65_HS1-834228961_62-HQ-83894_Section_6
Agency: FBI
Page 106
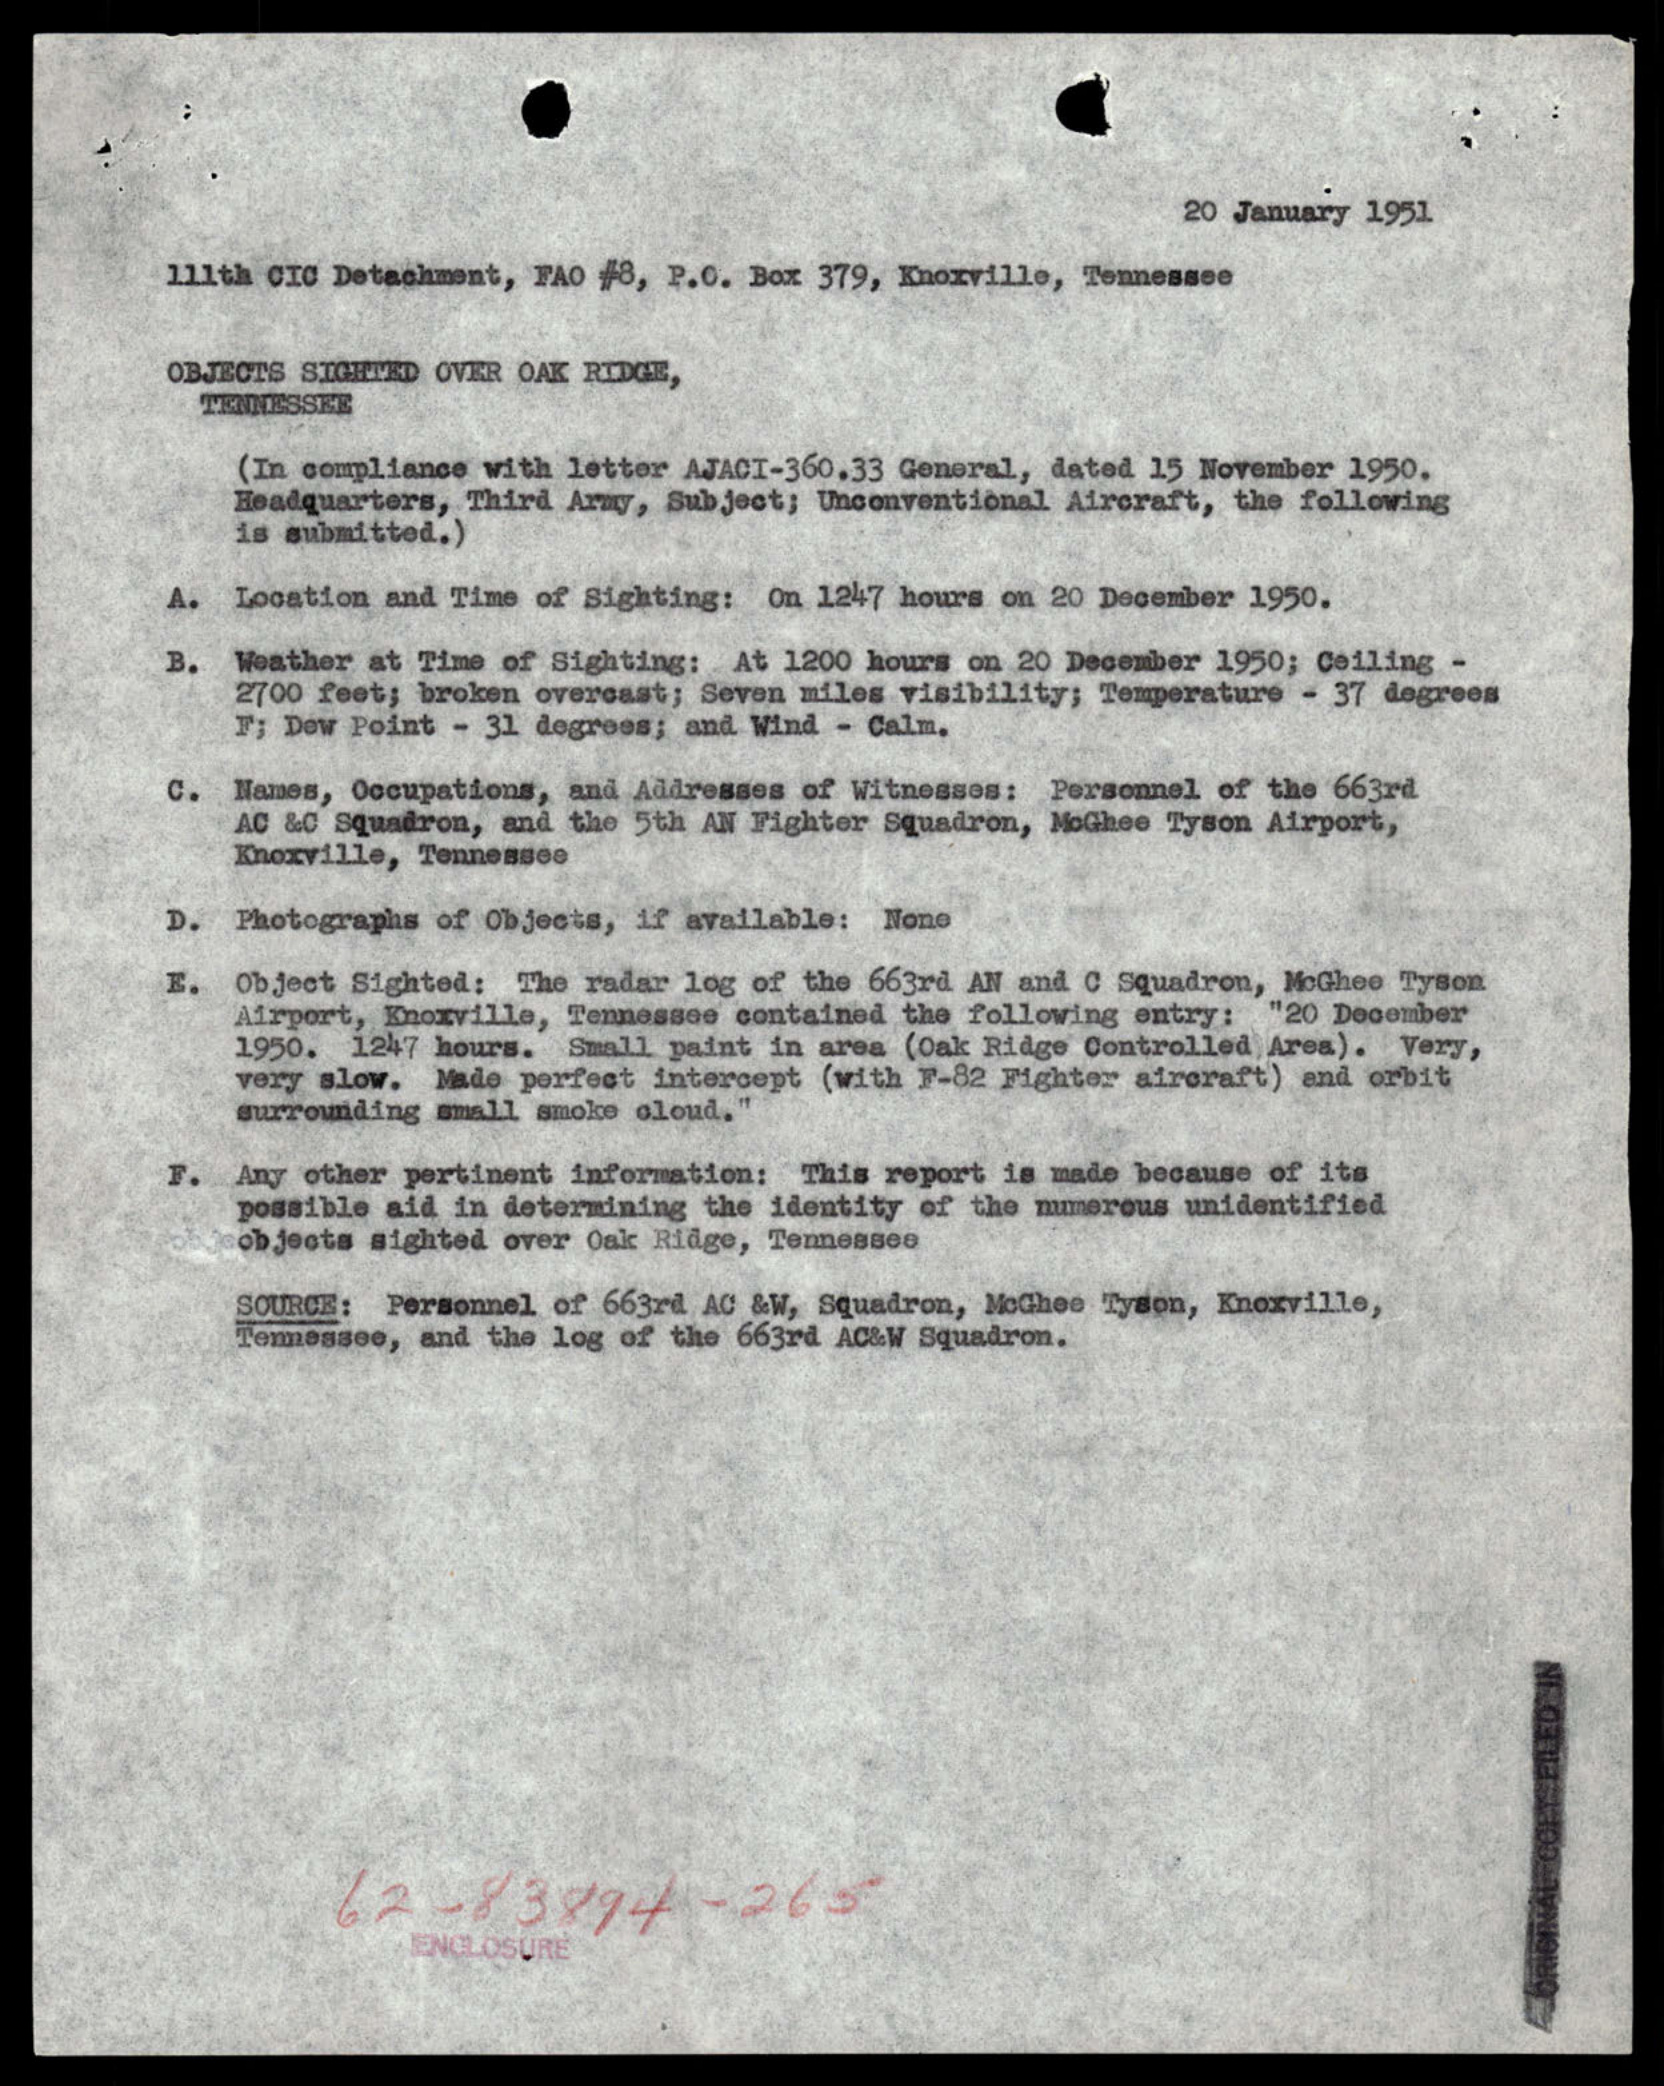